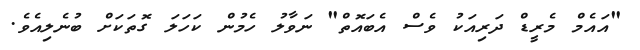
"އައެމް މެރީޑް ދަރިއަކު ވެސް އެބައޮތް" ނަވާލު ހެމުން ކަހަލަ ގޮތަކަށް ބުނެލިއެވެ.